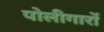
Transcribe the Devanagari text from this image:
पोलीगारों